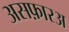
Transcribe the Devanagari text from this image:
असफ़ारअ